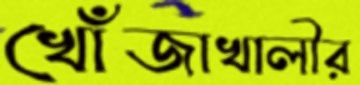
খোঁজাখালীর